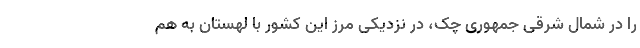
را در شمال شرقی جمهوری چک، در نزدیکی مرز این کشور با لهستان به هم